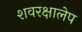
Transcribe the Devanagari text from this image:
शवरक्षालेप